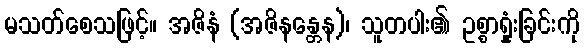
မသတ်စေသဖြင့်။ အဇိနံ (အဇိနန္တေန)၊ သူတပါး၏ ဥစ္စာရှုံးခြင်းကို